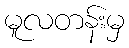
မူလတန်းမှ